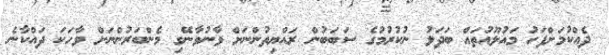
ދެއްކުމަށްފަހު މައުލޫއުތައް ބަދަލު ނުކުރުމުގެ ސަބަބުން ރައްޔިތުންނަށް ވާނުވާނޭގި މެންބަރުންނަށް ވާހަކަ ދައްކާނެ